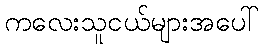
ကလေးသူငယ်များအပေါ်